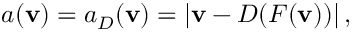
a ( \mathbf v ) = a _ { D } ( \mathbf v ) = \left| \mathbf v - D ( F ( \mathbf v ) ) \right| ,